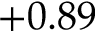
+ 0 . 8 9